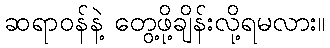
ဆရာဝန်နဲ့ တွေ့ဖို့ချိန်းလို့ရမလား။